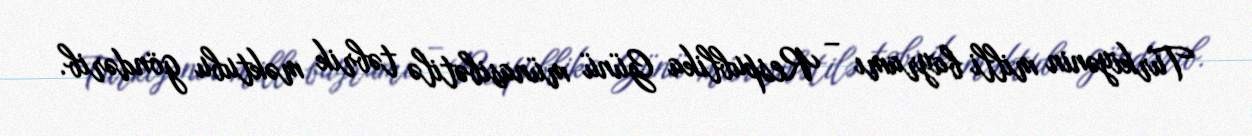
Türkiyənin milli bayramı – Respublika Günü münasibətilə təbrik məktubu göndərib.